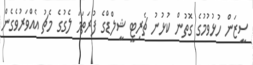
ސީޒަން ހުޅުވުމުގެ ގޮތުން ކުޅުނު ޗެރިޓީ ޝީލްޑްގެ ފުރަތަމަ ލެގުގެ މެޗު އެއްވަރުވެގެން